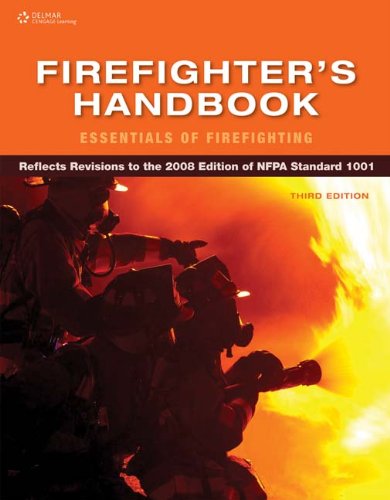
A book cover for Firefighter's Handbook: Essentials of Firefighting; Cengage Learning Delmar; Science & Math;